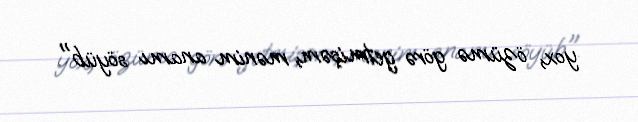
yox, özümə görə getmişəm, mənim anamı söyüb".